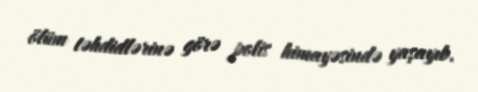
ölüm təhdidlərinə görə polis himayəsində yaşayıb.